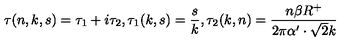
\tau ( n , k , s ) = \tau _ { 1 } + i \tau _ { 2 } , \tau _ { 1 } ( k , s ) = \frac { s } { k } , \tau _ { 2 } ( k , n ) = \frac { n \beta R ^ { + } } { 2 \pi \alpha ^ { \prime } \cdot \sqrt { 2 } k }